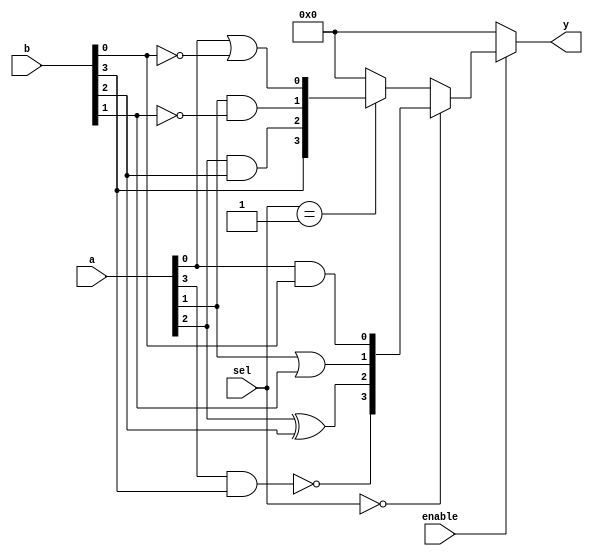
module combinational_logic_block (
    input  wire [3:0]  a,        // 4-bit input
    input  wire [3:0]  b,        // 4-bit input
    input  wire [1:0]  sel,      // Selector for multiplexer
    input  wire        enable,    // Control signal to enable outputs
    output wire [3:0]  y         // 4-bit output
);

// Internal signals for LUTs
wire [3:0] lut_a;
wire [3:0] lut_b;

// 4-input LUTs: Example logic functions (AND, OR, XOR)
assign lut_a[0] = a[0] & b[0]; // LUT0: AND function
assign lut_a[1] = a[1] | b[1]; // LUT1: OR function
assign lut_a[2] = a[2] ^ b[2]; // LUT2: XOR function
assign lut_a[3] = ~(a[3] & b[3]); // LUT3: NAND function

// Another set of LUTs can be defined similarly
assign lut_b[0] = a[0] | ~b[0]; // Different logic
assign lut_b[1] = a[1] & ~b[1];
assign lut_b[2] = a[2] & b[2];
assign lut_b[3] = b[3]; // Pass-through

// Mux to select between outputs of the two LUT sets based on 'sel' input
assign y = enable ? 
           (sel == 2'b00 ? lut_a : 
           (sel == 2'b01 ? lut_b : 4'b0000)) : 
           4'b0000; // Disable outputs when enable is low

endmodule